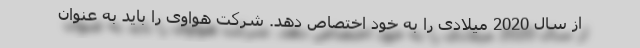
از سال 2020 میلادی را به خود اختصاص دهد. شرکت هواوی را باید به عنوان